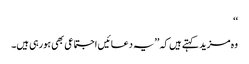
‘‘
وہ مزید کہتے ہیں کہ ’’یہ دعائیں اجتماعی بھی ہورہی ہیں۔